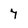
Character: 7